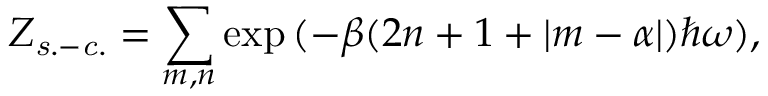
Z _ { \it s . - c . } = \sum _ { m , n } \exp { ( - \beta ( 2 n + 1 + | m - \alpha | ) \hbar \omega ) } ,